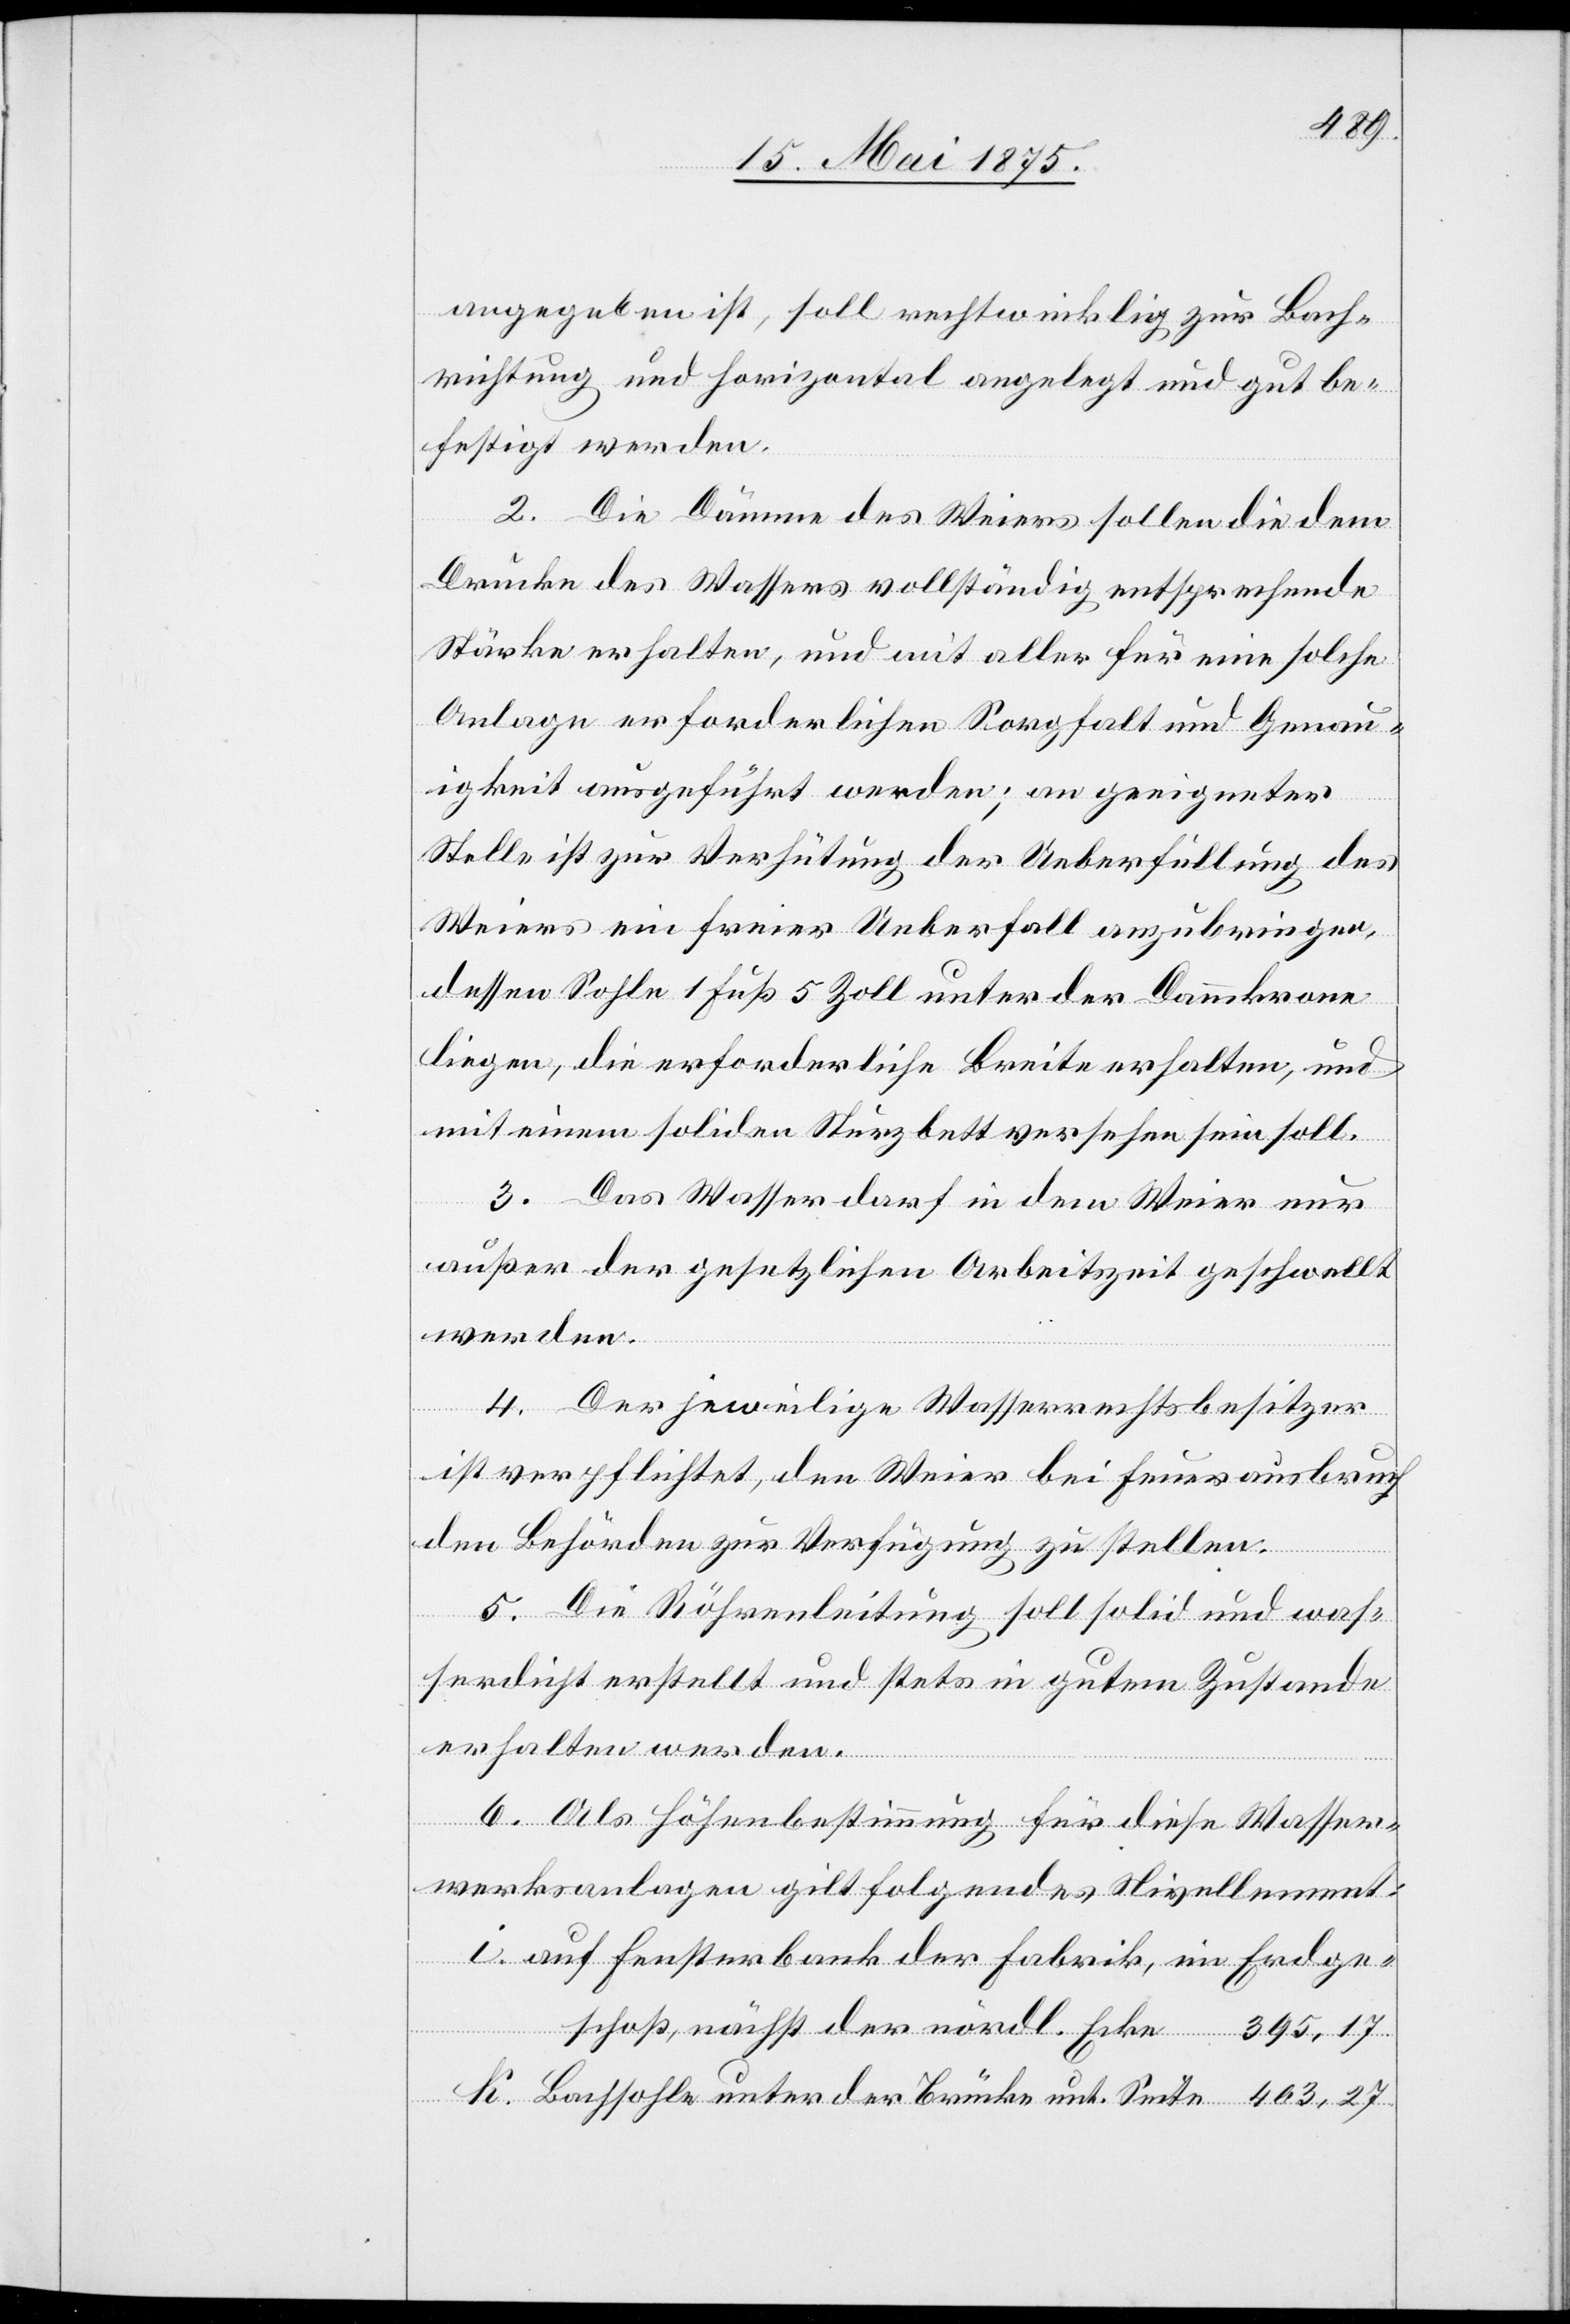
angegeben ist, soll rechtwinklig zur Bach¬
richtung und horizontal angelegt und gut be¬
festigt werden.
2. Die Dämme des Weiers sollen die dem
Drucke des Wassers vollständig entsprechende
Stärke erhalten, und mit aller für eine solche
Anlage erforderlichen Sorgfalt und Genau¬
igkeit ausgeführt werden; an geeigneter
Stelle ist zur Verhütung der Ueberfüllung des
Weiers ein freier Ueberfall anzubringen
dessen Sohle 1 Fuß 5 Zoll unter der Dammkrone
liegen, die erforderliche Breite erhalten, und
mit einem soliden Sturzbett versehen sein soll.
3. Das Wasser darf in dem Weier nur
außer der gesetzlichen Arbeitszeit geschwellt
werden.
4. Der jeweilige Wasserrechtsbesitzer
ist verpflichtet, den Weier bei Feuerausbruch
den Behörden zur Verfügung zu stellen.
5. Die Röhrenleitung soll solid und was¬
serdicht erstellt und stets in gutem Zustande
erhalten werden.
6. Als Höhenbestimmung für diese Wasser¬
werksanlagen gilt folgendes Nivellement:
auf Fensterbank der Fabrik, im Erdge¬
schoß, nächst der nördl. Ecke
Bachsohle unter der Brücke unt. Seite